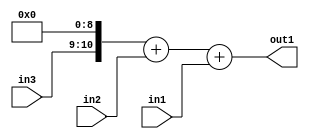
`timescale 1ps / 1ps
/*****************************************************************************
    Verilog RTL Description
    
    
    Created by: Stratus DpOpt 2019.1.01 
*******************************************************************************/

module SobelFilter_Add3u9u2Cati0u2_4 (
	in3,
	in2,
	in1,
	out1
	); /* architecture "behavioural" */ 
input [1:0] in3,
	in2;
input [8:0] in1;
output [10:0] out1;
wire [10:0] asc001,
	asc002;

assign asc002 = {in3,9'B000000000};

wire [10:0] asc001_tmp_0;
assign asc001_tmp_0 = 
	+(asc002)
	+(in2);
assign asc001 = asc001_tmp_0
	+(in1);

assign out1 = asc001;
endmodule

/* CADENCE  uLbzSwo= : u9/ySgnWtBlWxVPRXgAZ4Og= ** DO NOT EDIT THIS LINE ******/